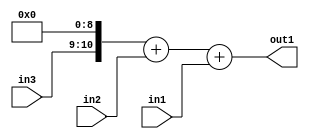
`timescale 1ps / 1ps
/*****************************************************************************
    Verilog RTL Description
    
    
    Created by: Stratus DpOpt 2019.1.01 
*******************************************************************************/

module SobelFilter_Add3u9u2Cati0u2_4 (
	in3,
	in2,
	in1,
	out1
	); /* architecture "behavioural" */ 
input [1:0] in3,
	in2;
input [8:0] in1;
output [10:0] out1;
wire [10:0] asc001,
	asc002;

assign asc002 = {in3,9'B000000000};

wire [10:0] asc001_tmp_0;
assign asc001_tmp_0 = 
	+(asc002)
	+(in2);
assign asc001 = asc001_tmp_0
	+(in1);

assign out1 = asc001;
endmodule

/* CADENCE  uLbzSwo= : u9/ySgnWtBlWxVPRXgAZ4Og= ** DO NOT EDIT THIS LINE ******/